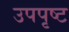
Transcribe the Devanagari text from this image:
उपपृष्ट